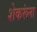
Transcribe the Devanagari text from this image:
शेकरूंना